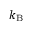
k _ { \mathrm { B } }